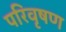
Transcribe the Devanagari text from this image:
परिवृषण